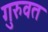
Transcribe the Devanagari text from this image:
गुरुवत